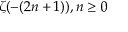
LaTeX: \zeta ( - ( 2 n + 1 ) ) , n \geq 0